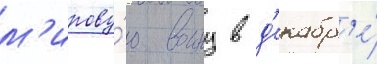
м'ирову́ю воину в д'екабр'е́